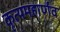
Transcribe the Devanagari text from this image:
कृत्यमहार्णव